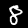
Label: 8